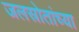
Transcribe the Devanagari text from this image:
जलस्रोतांच्या